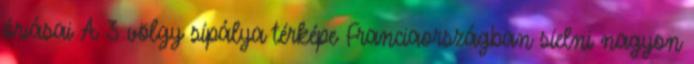
óriásai A 3 völgy sípálya térképe Franciaországban síelni nagyon